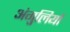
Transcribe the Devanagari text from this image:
अंगु्लियों